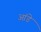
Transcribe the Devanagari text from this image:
आंडे